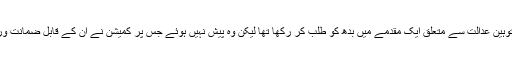
الیکشن کمیشن نے عمران کو توہین عدالت سے متعلق ایک مقدمے میں بدھ کو طلب کر رکھا تھا لیکن وہ پیش نہیں ہوئے جس پر کمیشن نے اُن کے قابل ضمانت ورانٹ گرفتاری جاری کردیے۔